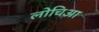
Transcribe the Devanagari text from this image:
लोचिआ